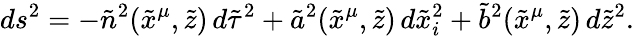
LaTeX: ds^{2}=-{\tilde{n}}^{2}({\tilde{x}}^{\mu},{\tilde{z}})\, d{\tilde{\tau}}^{2}+{\tilde{a}}^{2}({\tilde{x}}^{\mu},{\tilde{z}})\, d{\tilde{x}}_{i}^{2}+{\tilde{b}}^{2}({\tilde{x}}^{\mu},{\tilde{z}})\, d{\tilde{z}}^{2}.